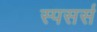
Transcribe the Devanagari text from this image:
स्पसर्स